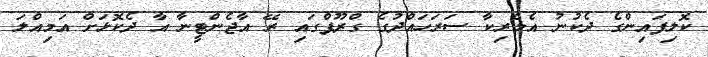
ކޮލިފައިންގެ ދެކުނު އެމެރިކާ ސަރަހައްދުގެ ގްރޫޕްގައި ރޭ އާޖެންޓީނާ އާ ދެކޮޅަށް އަމިއްލަ